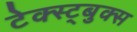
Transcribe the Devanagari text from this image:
टेक्स्ट्बुक्स